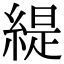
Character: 緹